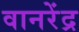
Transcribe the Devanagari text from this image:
वानरेंद्र